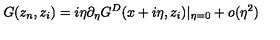
G ( z _ { n } , z _ { i } ) = i \eta \partial _ { \eta } G ^ { D } ( x + i \eta , z _ { i } ) | _ { \eta = 0 } + o ( \eta ^ { 2 } )